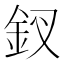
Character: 釵